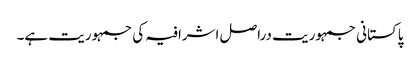
پاکستانی جمہوریت دراصل اشرافیہ کی جمہوریت ہے۔